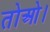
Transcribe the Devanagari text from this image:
तोओ।